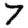
Digit: 7